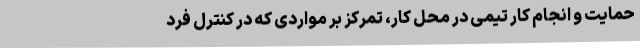
حمایت و انجام کار تیمی در محل کار، تمرکز بر مواردی که در کنترل فرد